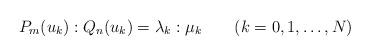
LaTeX: \begin{align*}P_m(u_k): Q_n(u_k)=\lambda_k: \mu_k\qquad(k=0,1,\ldots,N)\end{align*}